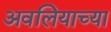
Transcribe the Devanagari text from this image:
अवलियाच्या